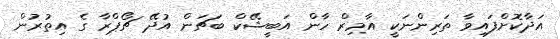
އަދާކޮށްފައިވާ ތަރިންނަކީ އާމިރް ހާން އަބީޝޭކް ބަޗަން އުދޭ ޗޯޕްރާ ގެ އިތުރުން